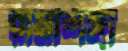
রামশিঙ্গা